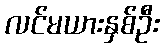
လင်မယားနှစ်ဦး